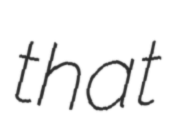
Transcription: that